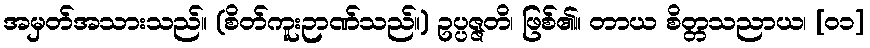
အမှတ်အသားသည်။ (စိတ်ကူးဉာဏ်သည်။) ဥပ္ပဇ္ဇတိ၊ ဖြစ်၏။ တာယ စိတ္တသညာယ၊ [၀၁]